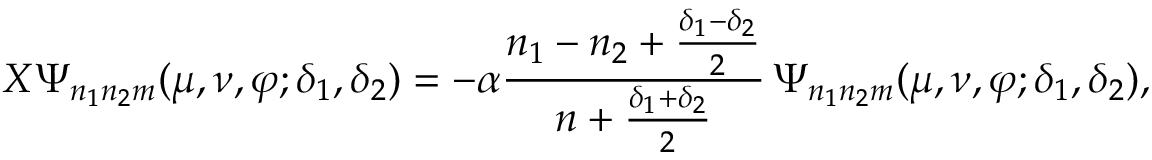
X \Psi _ { n _ { 1 } n _ { 2 } m } ( \mu , \nu , \varphi ; \delta _ { 1 } , \delta _ { 2 } ) = - \alpha \frac { n _ { 1 } - n _ { 2 } + \frac { \delta _ { 1 } - \delta _ { 2 } } { 2 } } { n + \frac { \delta _ { 1 } + \delta _ { 2 } } { 2 } } \, \Psi _ { n _ { 1 } n _ { 2 } m } ( \mu , \nu , \varphi ; \delta _ { 1 } , \delta _ { 2 } ) ,